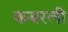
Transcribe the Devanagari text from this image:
कबरली